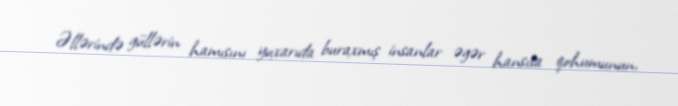
Əllərində güllərin hamısını yuxarıda buraxmış insanlar əgər hansısa qohumunun,